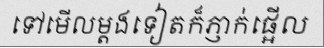
ទៅមើលម្តងទៀតក៏ភ្ញាក់ផ្អើល